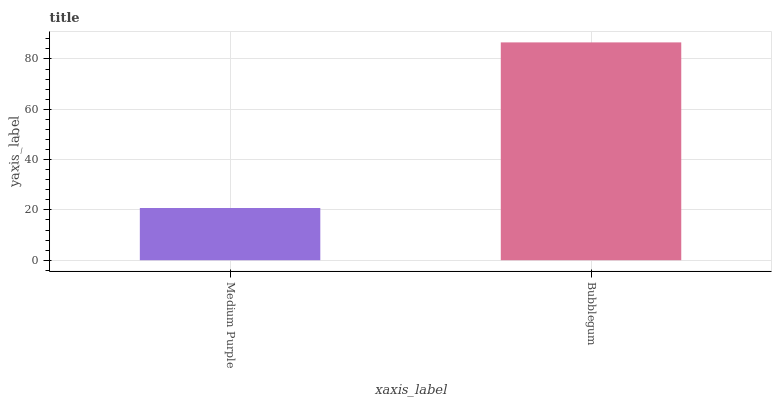
| xaxis_label | bars |
 | --- | --- |
 | Medium Purple | 20.8 |
 | Bubblegum | 86.6 |